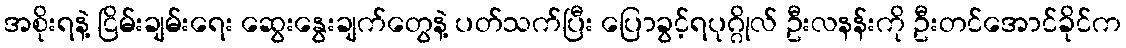
အစိုးရနဲ့ ငြိမ်းချမ်းရေး ဆွေးနွေးချက်တွေနဲ့ ပတ်သက်ပြီး ပြောခွင့်ရပုဂ္ဂိုလ် ဦးလနန်းကို ဦးတင်အောင်ခိုင်က